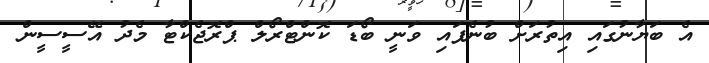
އެ ބަޔާނުގައި އިތުރަށް ބުނެފައި ވަނީ ބޯޑަ ކޮންޓްރޯލް ޕްރޮޖެކްޓާ މެދު އޭސީސީން